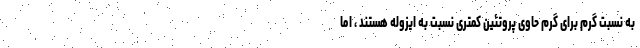
به نسبت گرم برای گرم حاوی پروتئین کمتری نسبت به ایزوله هستند ، اما